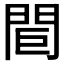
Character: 𨳽